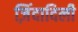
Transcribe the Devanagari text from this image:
ज़िंदादिली